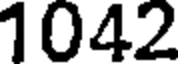
1042